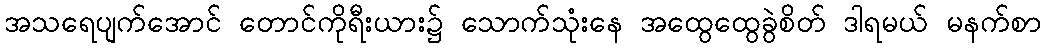
အသရေပျက်အောင် တောင်ကိုရီးယား၌ သောက်သုံးနေ အထွေထွေခွဲစိတ် ဒါရမယ် မနက်စာ